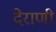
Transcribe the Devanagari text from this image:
देराणी